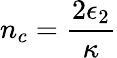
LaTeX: n_{c}=\frac{2\epsilon_{2}}{\kappa}